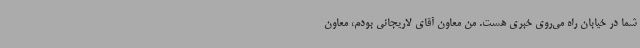
شما در خیابان راه می‌روی خبری هست. من معاون آقای لاریجانی بودم، معاون